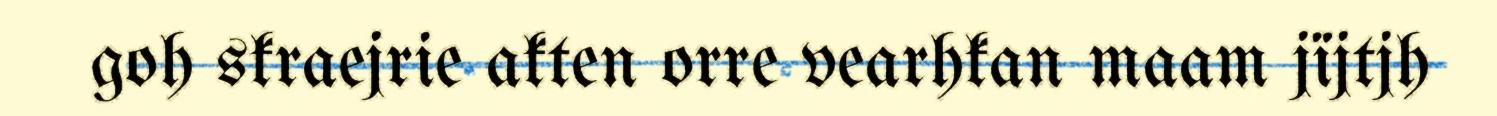
goh skraejrie akten orre vearhkan maam jïjtjh